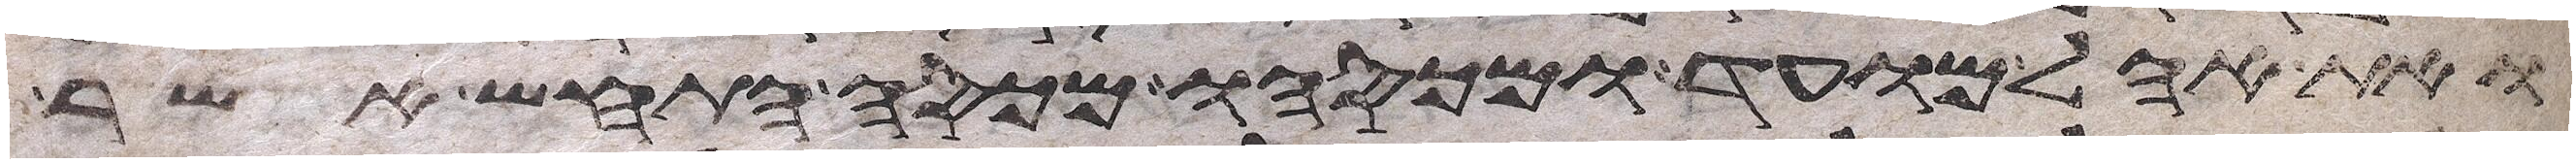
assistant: ואת אהל מועד מכסהו ומכסה התחש אשר